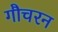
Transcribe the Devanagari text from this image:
गौचरन